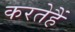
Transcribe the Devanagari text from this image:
करतेहैं